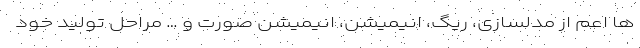
ها اعم از مدلسازی، ریگ، انیمیشن، انیمیشن صورت و … مراحل تولید خود